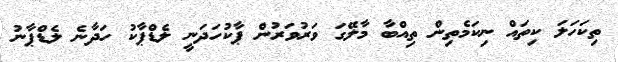
ތިކަހަލަ ކިތައް ނިކަމެތިން ތިއްބާ މާލޭގަ ވަރުވަރުން ޕާކުހަދަނީ ލެޑްޕާކު ހަދާނެ ލެޑްޕާނު